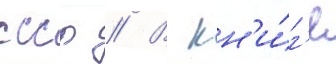
ссср // В кн'и́г'е